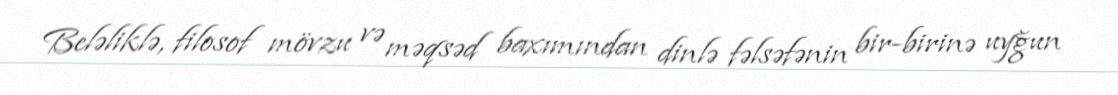
Beləliklə, filosof mövzu və məqsəd baxımından dinlə fəlsəfənin bir-birinə uyğun